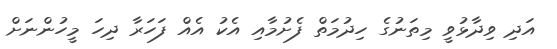
އަދި ވިދާޅުވީ މިތަނުގެ ހިދުމަތް ފެށުމާއި އެކު އެއް ފަހަރާ ދިހަ މީހުންނަށް